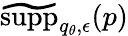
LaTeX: \widetilde{\textrm{supp}}_{q_{\theta},\epsilon}(p)